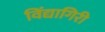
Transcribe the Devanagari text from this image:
विंद्यागिरी